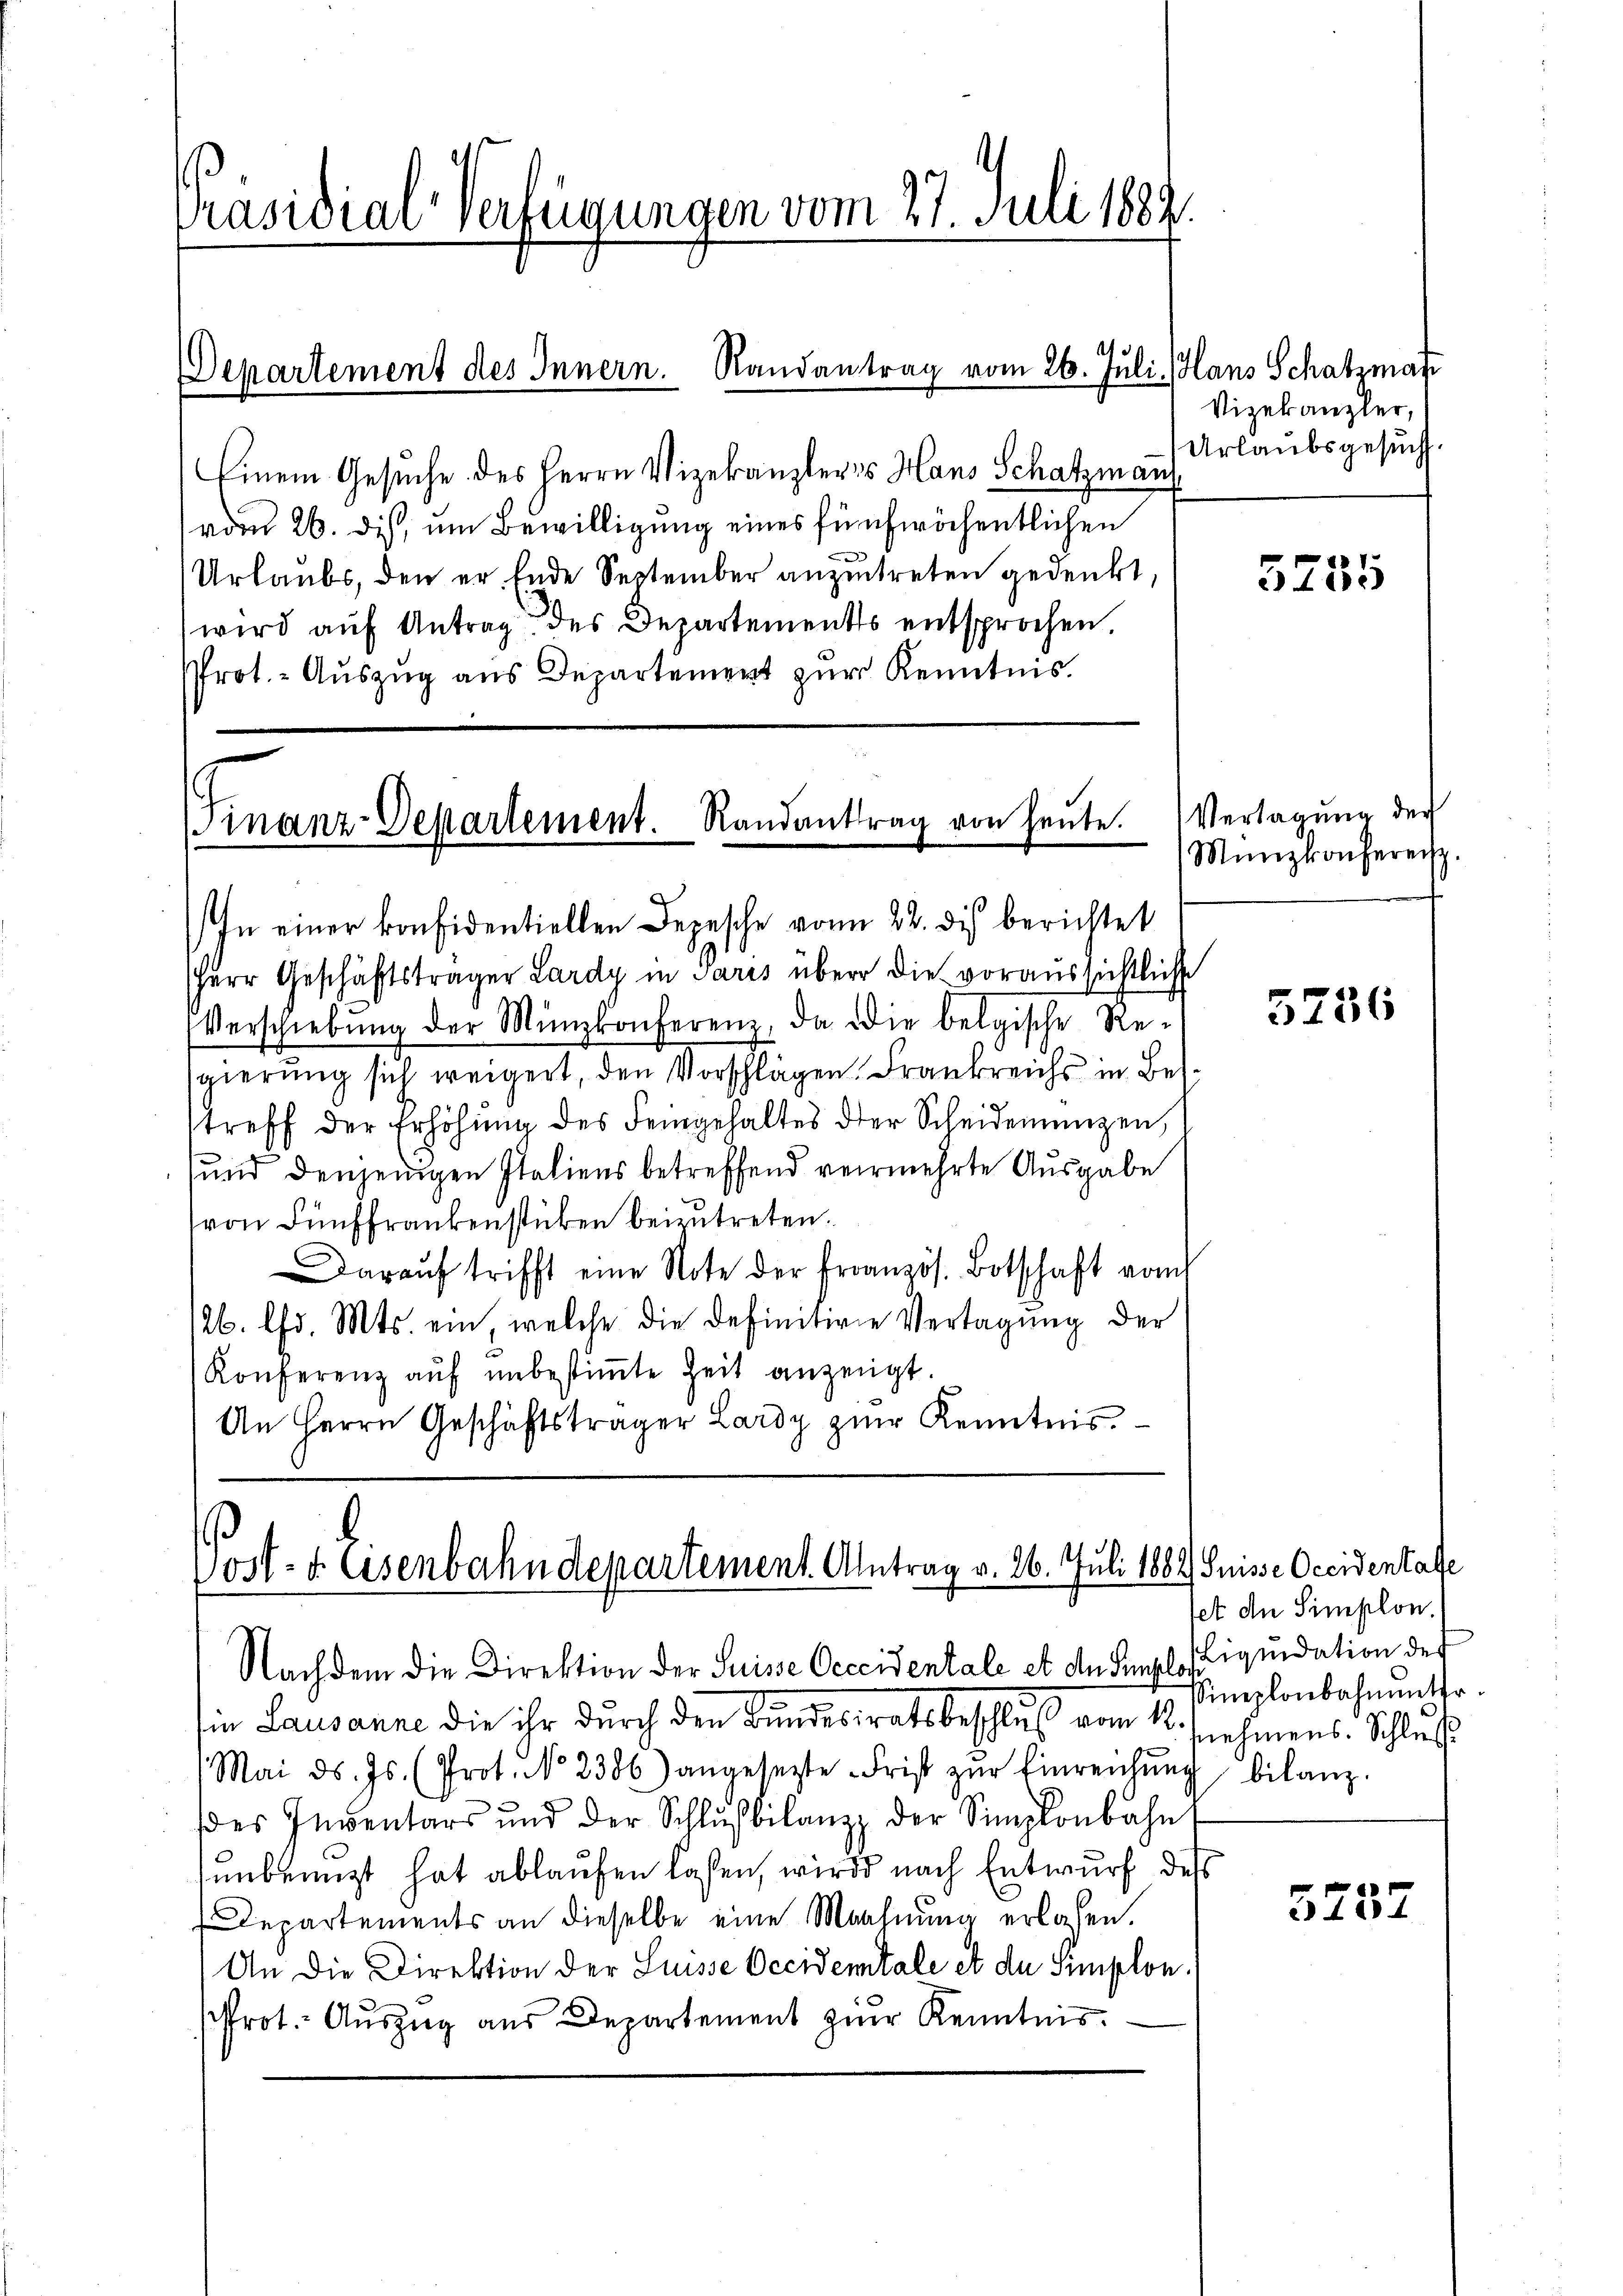
Präsidial-Verfügungen vom 27. Juli 1882.

Departement des Innern. Randantrag vom 26. Juli. Hans Schatzman

Einem Gesuche des Herrn Vizekanzlers Hans Schatzman
vom 26. dis, um Bewilligung eines fünfwöchentlichen
Urlaubs, den er Ende September anzutreten gedenkt,
wird auf Antrag des Departements entsprochen.
Prot. - Auszug aus Departement zur Kenntnis.

Finanz-Departement. Randantrag von heŭte.

In einer konfidentiellen Depesche von 22. dis berichtet
Herr Geschäftsträger Lardy in Paris über die voraussichtlich
Verschiebŭng der Münzkonferen, da die belgische Re-
sgierung sich weigert, den Vorschlägen Frankreichs in Bestreff der Erhöhŭng des Feingehaltes der Scheidemünzen,
sund denjenigen Italiens betreffend vermehrte Ausgabe
(von Fünffrankenstücken beizŭtreten.
Darauf trifft eine Note der Französ. Botschaft vom
126. Chr. Mts. ein, welche die definitive Vertagung der
Konferenz auf unbestimmte Zeit anzeigt.
An Herrn Geschäftsträger Lardy zŭr Kenntnis.

Nachdem die Direktion der Suisse Oeccidentale et de Sigl (Liquidation des
in Lausanne die ihr durch den Bundesratsbeschluß vom 16. Jnehinens. Schluß
Mai d. Js. (Prot. No 2386) angesetzte Frist zŭr Einreichŭng
des Inventars und der Schlŭβbilanz der Simplonbahn
unbenuzt hat ablaufen lassen, wird nach Entwurf dess
Departements an dieselbe eine Mahnung erlassen.
An die Direktion der Luisse Occidentale et du Semplon.
Prot. Auszug aus Departement zur Kenntnis.

Post- u. Eisenbahndepartement. Antrag v. 26. Juli 1882 Suisse Occidentate

Vizekanzler,
Urlaubsgesuch.

5235

Vertagung der
Münzkonfereit.

5236

fet den Simplon.
Simplonbahneter.
bilanz.

4204